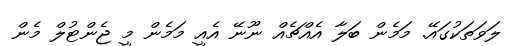
ލަވަތަކުގައޭ. މަމެން ބަލާ އެއްޗެއް ނޫނޭ އެއީ މަމެން މީ ޖެންޓުލް މެން